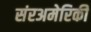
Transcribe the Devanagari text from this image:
संरअमेरिकी